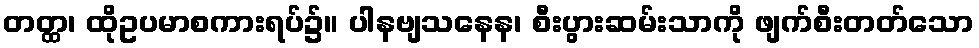
တတ္ထ၊ ထိုဥပမာစကားရပ်၌။ ပါနဗျသနေန၊ စီးပွားဆမ်းသာကို ဖျက်စီးတတ်သော